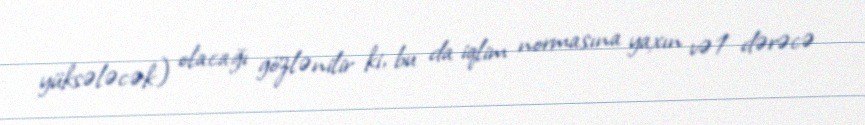
yüksələcək) olacağı gözlənilir ki, bu da iqlim normasına yaxın və 1 dərəcə